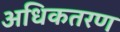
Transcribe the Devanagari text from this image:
अधिकतरण